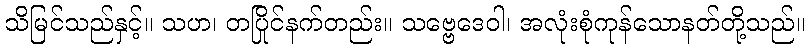
သိမြင်သည်နှင့်။ သဟ၊ တပြိုင်နက်တည်း။ သဗ္ဗေဒေဝါ၊ အလုံးစုံကုန်သောနတ်တို့သည်။